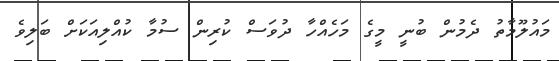
މައުލޫމާތު ދެމުން ބުނީ މީގެ މަހެއްހާ ދުވަސް ކުރިން ސުމާ ކުއްލިއަކަށް ބަލިވެ